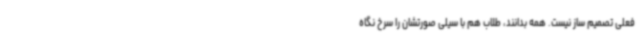
فعلی تصمیم ساز نیست. همه بدانند، طلاب هم با سیلی صورتشان را سرخ نگاه